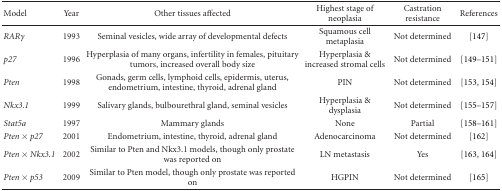
| Model | Year | Other tissues affected | Highest stage of neoplasia | Castration resistance | References |
 | --- | --- | --- | --- | --- | --- |
 | RARγ | 1993 | Seminal vesicles, wide array of developmental defects | Squamous cell metaplasia | Not determined | [147] |
 | p27 | 1996 | Hyperplasia of many organs, infertility in females, pituitary tumors, increased overall body size | Hyperplasia & increased stromal cells | Not determined | [149–151] |
 | Pten | 1998 | Gonads, germ cells, lymphoid cells, epidermis, uterus, endometrium, intestine, thyroid, adrenal gland | PIN | Not determined | [153, 154] |
 | Nkx3.1 | 1999 | Salivary glands, bulbourethral gland, seminal vesicles | Hyperplasia & dysplasia | Not determined | [155–157] |
 | Stat5a | 1997 | Mammary glands | None | Partial | [158–161] |
 | Pten × p27 | 2001 | Endometrium, intestine, thyroid, adrenal gland | Adenocarcinoma | Not determined | [162] |
 | Pten × Nkx3.1 | 2002 | Similar to Pten and Nkx3.1 models, though only prostate was reported on | LN metastasis | Yes | [163, 164] |
 | Pten × p53 | 2009 | Similar to Pten model, though only prostate was reported on | HGPIN | Not determined | [165] |